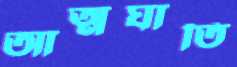
আত্মঘাতি